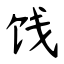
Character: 饯